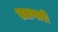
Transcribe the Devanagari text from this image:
सलणारी